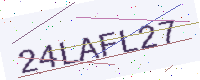
Text: 24LAFL27